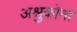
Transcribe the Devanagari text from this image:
अश्रुकोना